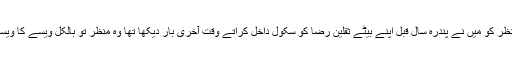
جس منظر کو مَیں نے پندرہ سال قبل اپنے بیٹے ثقلین رضا کو سکول داخل کراتے وقت آخری بار دیکھا تھا وہ منظر تو بالکل ویسے کا ویسے تھا۔